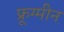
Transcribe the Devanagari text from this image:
फ्रूग्मीन